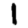
Digit: 1